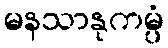
မနသာနုကမ္ပံ